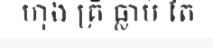
ហុង គ្រី ធ្លាប់ តែ